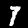
Digit: 7